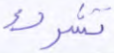
تشرك